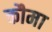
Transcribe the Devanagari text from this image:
कौमा